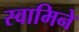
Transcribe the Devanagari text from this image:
स्वामिने